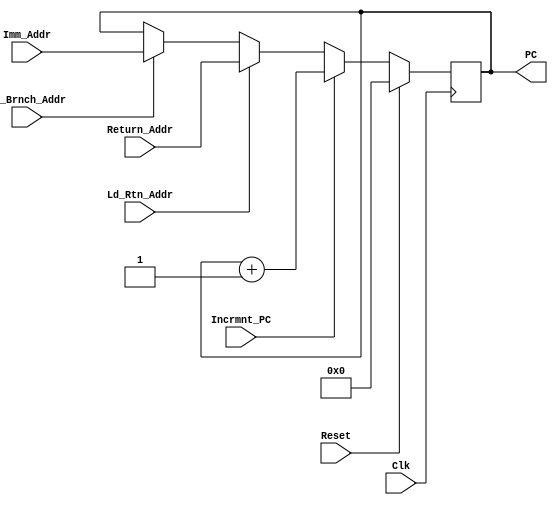
module  PRGRM_CNT (
	Reset,
	Clk,
	Incrmnt_PC,
	Ld_Brnch_Addr,
	Ld_Rtn_Addr,
	Imm_Addr,
	Return_Addr,
	PC
);
input		Reset,		// Reset for the PC
		Clk,		// CPU Clock
		Incrmnt_PC,	// Increment PC
		Ld_Brnch_Addr,	// Load Jmp/Call Addr from instruction
		Ld_Rtn_Addr;	// Load Return Addr
input [7:0]	Imm_Addr,	// Immediate Addr for Jmp/Call
		Return_Addr;	// Return addr from Stack

output [7:0]	PC;		// Addr of instruction to be fetched in
                                // the next Fetch Cycle
reg [7:0] PCint;

always @ (posedge Clk)
begin
  if (Reset)
    PCint <= 8'b00000000;
  else if (Incrmnt_PC)		// Occurs in WRITEBACK cycle
    PCint <= PCint + 1;
  else if (Ld_Rtn_Addr)		// Occurs in WRITEBACK cycle
    PCint <= Return_Addr;
  else if (Ld_Brnch_Addr)	// Occurs in WRITEBACK cycle
    PCint <= Imm_Addr;
end

assign PC = PCint;

endmodule